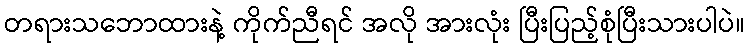
တရားသဘောထားနဲ့ ကိုက်ညီရင် အလို အားလုံး ပြီးပြည့်စုံပြီးသားပါပဲ။